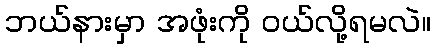
ဘယ်နားမှာ အဖုံးကို ဝယ်လို့ရမလဲ။